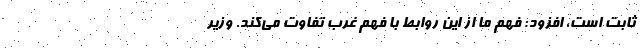
ثابت است، افزود: فهم ما از این روابط با فهم غرب تفاوت می‌کند. وزیر